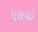
પૂરાયો